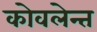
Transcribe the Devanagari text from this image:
कोवलेन्त